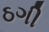
ઠગી